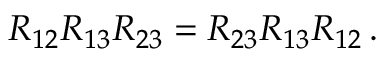
R _ { 1 2 } R _ { 1 3 } R _ { 2 3 } = R _ { 2 3 } R _ { 1 3 } R _ { 1 2 } \, .